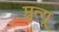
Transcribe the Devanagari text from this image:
म्रृत्यू